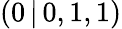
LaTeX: (0\, |\, 0,1,1)